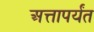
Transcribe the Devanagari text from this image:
अत्तापर्यंत